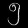
Digit: ၅